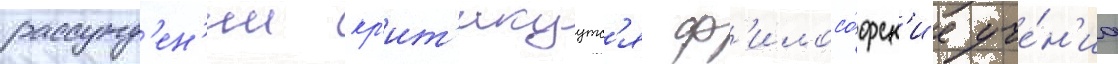
рассужд'ен'ии кр'ит'икуутс'я ф'илосо́фск'ие уче́н'иа